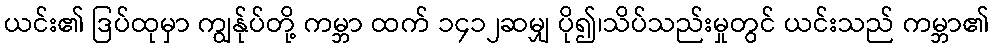
ယင်း၏ ဒြပ်ထုမှာ ကျွန်ုပ်တို့ ကမ္ဘာ ထက် ၁၄၁၂ဆမျှ ပို၍၊သိပ်သည်းမှုတွင် ယင်းသည် ကမ္ဘာ၏